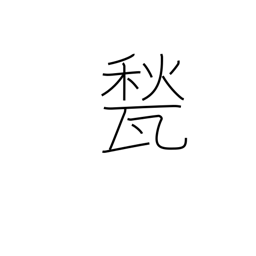
Meaning: floor tile